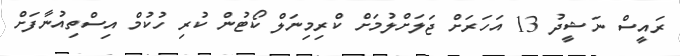
ރައީސް ނަޝީދު 13 އަހަރަށް ޖަލަށްލުމަށް ކްރިމިނަލް ކޯޓުން ކުރި ހުކުމް އިސްތިއުނާފަށް